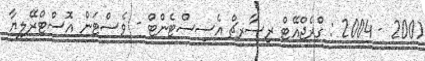
2001 - 2004 : ގްރެޖްއޭޓް ރިސާރޗް އެސިސްޓެންޓް - ވެސްޓަން އޮސްޓްރޭލިޔާ